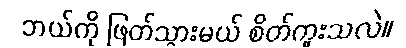
ဘယ်ကို ဖြတ်သွားမယ် စိတ်ကူးသလဲ။